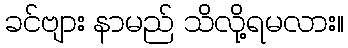
ခင်ဗျား နာမည် သိလို့ရမလား။